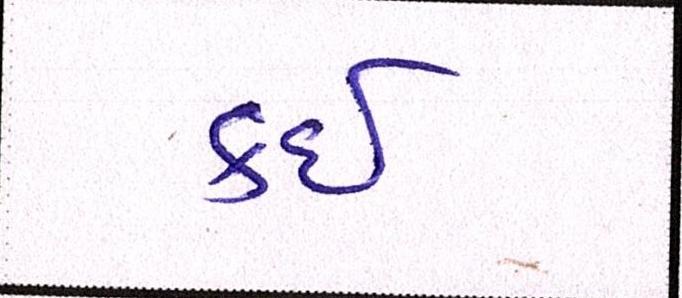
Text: કઇ